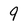
Character: 9